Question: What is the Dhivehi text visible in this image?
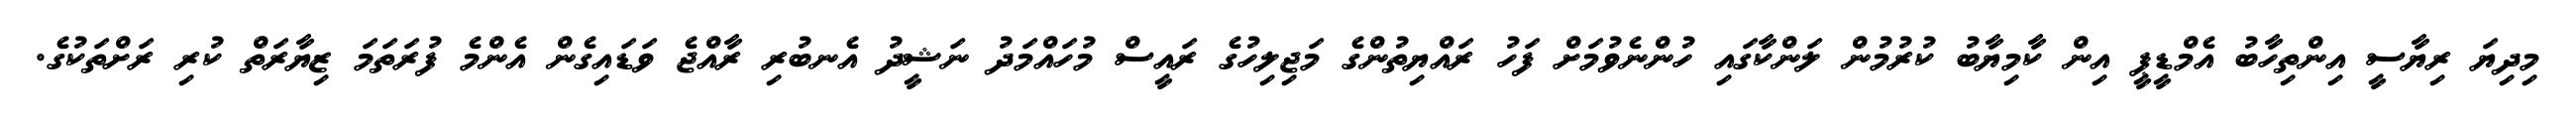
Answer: މިދިޔަ ރިޔާސީ އިންތިހާބު އެމްޑީޕީ އިން ކާމިޔާބު ކުރުމުން ލަންކާގައި ހުންނެވުމަށް ފަހު ރައްޔިތުންގެ މަޖިލިހުގެ ރައީސް މުހައްމަދު ނަޝީދު އެނބުރި ރާއްޖެ ވަޑައިގެން އެންމެ ފުރަތަމަ ޒިޔާރަތް ކުރި ރަށްތަކުގެ.